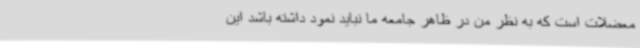
معضلات است که به نظر من در ظاهر جامعه ما نباید نمود داشته باشد این